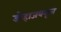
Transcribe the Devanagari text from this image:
डोहाजवळून